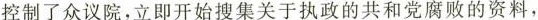
控制了众议院，立即开始搜集关于执政的共和党腐败的资料，